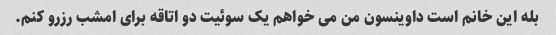
بله این خانم است داوینسون من می خواهم یک سوئیت دو اتاقه برای امشب رزرو کنم.